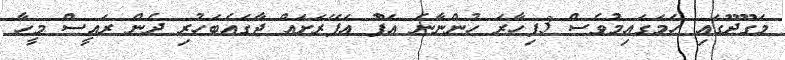
މަގޫދޫގައި ހަމަގައިމުވެސް 3ފިހާރަ ހުންނާނެ އަފުުޫ އަފޭރަށަަައް ޖާގައެބަހުރި ދެން ރައީސް މީހާ